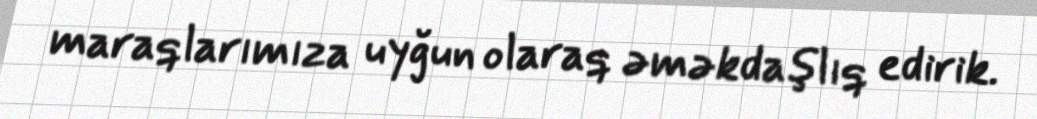
maraqlarımıza uyğun olaraq əməkdaşlıq edirik.